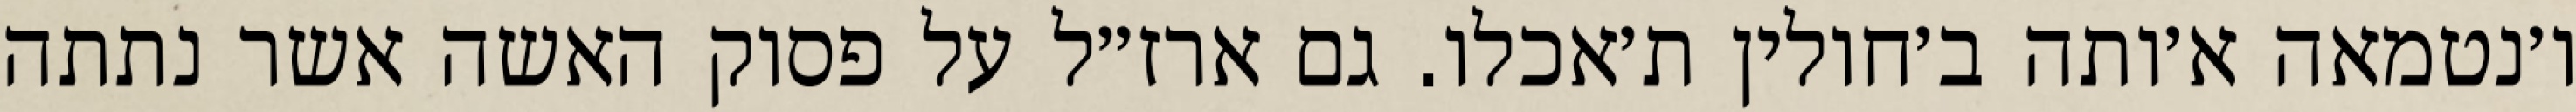
ו׳נטמאה א׳ותה ב׳חולין ת׳אכלו. גם ארז״ל על פסוק האשה אשר נתתה